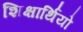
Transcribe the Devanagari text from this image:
शिक्षार्थियो